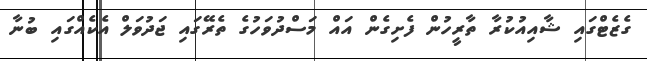
ގެޒެޓްގައި ޝާއިއުކުރާ ތާރީހުން ފެށިގެން އައް މަސްދުވަހުގެ ތެރޭގައި ޖަދުވަލް އެކެއްގައި ބުނާ